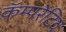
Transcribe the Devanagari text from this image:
कॅम्परेटिव